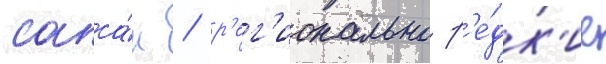
сапса́н / р'ег'ионально р'е́дк'ие